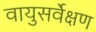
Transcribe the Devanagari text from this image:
वायुसर्वेक्षण